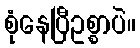
စုံနေပြီဥစ္စာပဲ။